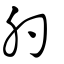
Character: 肑